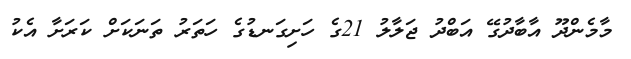
މާމެންދޫ އާބާދުގޭ އަބްދު ޖަލާލު 21ގެ ހަށިގަނޑުގެ ހަތަރު ތަނަކަށް ކަރަށާ އެކު